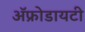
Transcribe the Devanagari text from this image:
ॲफ्रोडायटी